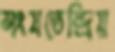
সংযতেন্দ্রিয়